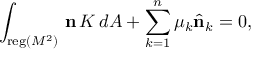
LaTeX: \int _ { { \mathrm { \small { r e g } } } ( M ^ { 2 } ) } \, { \bf n } \, K \, d A + \sum _ { k = 1 } ^ { n } \mu _ { k } \hat { \bf n } _ { k } = 0 ,